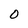
Character: O